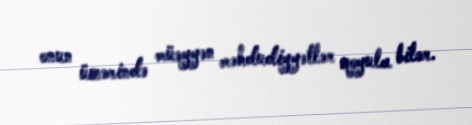
onun üzərində müəyyən məhdudiyyətlər qoyula bilər.